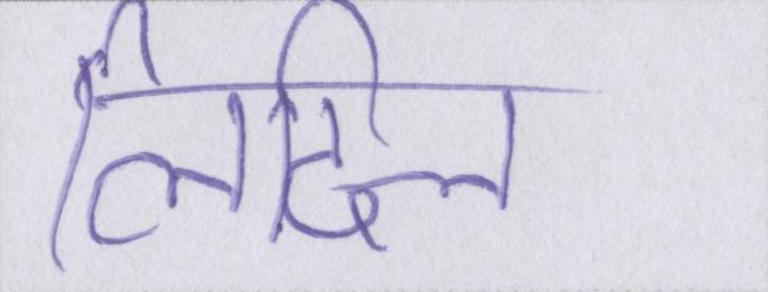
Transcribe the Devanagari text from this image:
लिटिल